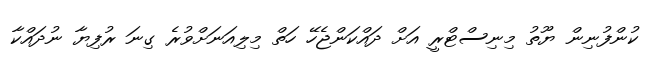
ކުންފުނިން ޔޫތު މިނިސްޓްރީ އަށް ދައްކަންޖެހޭ ހަތް މިލިއަނަށްވުރެ ގިނަ ރުފިޔާ ނުދައްކާ